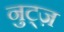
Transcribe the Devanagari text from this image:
नुट्ज़